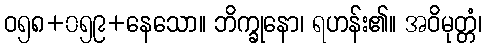
ဝ၅၈+၀၅၉+နေသော။ ဘိက္ခုနော၊ ရဟန်း၏။ အဝိမုတ္တံ၊